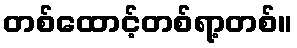
တစ်ထောင့်တစ်ရာ့တစ်။